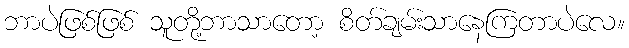
ဘာပဲဖြစ်ဖြစ် သူတို့ဘာသာတော့ စိတ်ချမ်းသာနေကြတာပဲလေ။